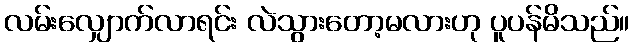
လမ်းလျှောက်လာရင်း လဲသွားတော့မလားဟု ပူပန်မိသည်။